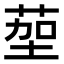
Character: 𫈠